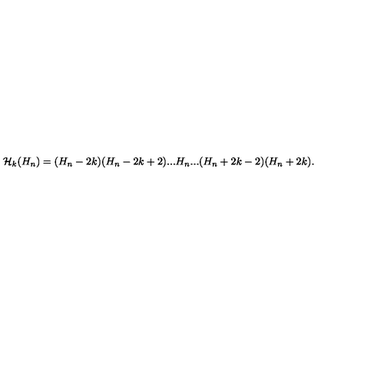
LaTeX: { \cal H } _ { k } ( H _ { n } ) = ( H _ { n } - 2 k ) ( H _ { n } - 2 k + 2 ) . . . H _ { n } . . . ( H _ { n } + 2 k - 2 ) ( H _ { n } + 2 k ) .